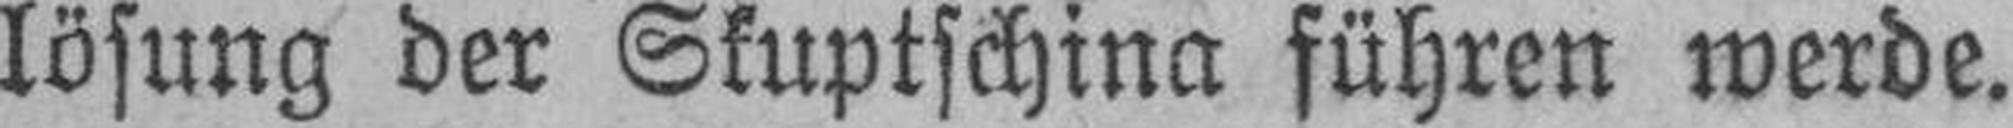
lösung der Skuptschina führen werde.